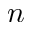
n